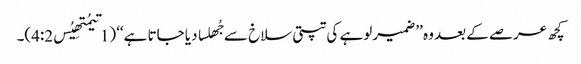
کچھ عرصے کے بعد وہ ’’ضمیر لوہے کی تپتی سلاخ سے جُھلسا دیا جاتا ہے‘‘ (1تیمُتھِیُس4:2)۔